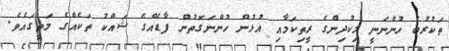
ތަކުރުބެ ހުންނަނީ މިކުދިންގެ ރީތިކަމާއި އުޅުން ހުންނަގޮތުން ފާޑެއްގެ ޝައްކު ތަކެއްގެ މަތީގައެވެ.